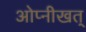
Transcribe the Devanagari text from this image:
ओप्नीखत्